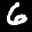
Label: 6